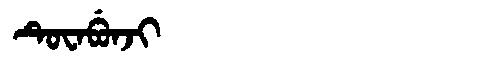
Manchu: ᡨᡠᠸᠠᠪᡠᠨᠵᡳ
Romanization: TUWABUNJI